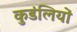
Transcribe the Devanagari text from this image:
कुडंलियों